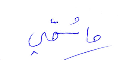
ما سمّي